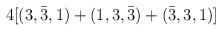
LaTeX: \begin{align*}4[(3, \bar{3}, 1) + (1, 3, \bar{3}) + (\bar{3}, 3, 1)]\end{align*}